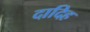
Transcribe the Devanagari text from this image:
दादिह